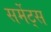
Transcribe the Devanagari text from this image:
सर्मेट्स